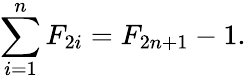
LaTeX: \sum_{i=1}^{n}F_{2i}=F_{2n+1}-1.